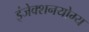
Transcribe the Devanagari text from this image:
इंजेक्शनयोग्य